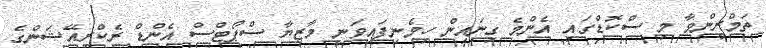
ތަމްރީންވާ މި ސްކޮޑްގައި އެންމެ ގިނައިން ހިމެނިފައިވަނީ މާޒިޔާ ސްޕޯޓްސް އެންޑް ރެކްރިއޭޝަންގެ